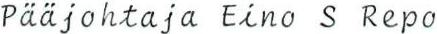
Pääjohtaja Eino S Repo